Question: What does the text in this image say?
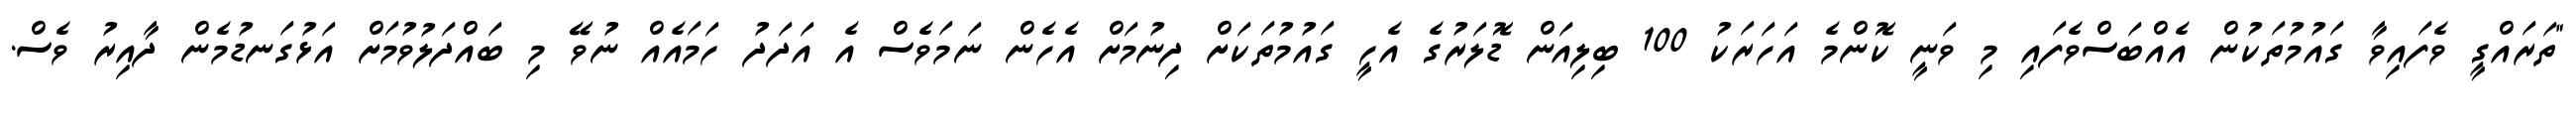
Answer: "ތަރައްގީ ވެފައިވާ ގައުމުތަކުން އެއްބަސްވެފައި މި ވަނީ ކޮންމެ އަހަރަކު 100 ބިލިއަން ޑޮލަރުގެ އެހީ ގައުމުތަކަށް ދިނުމަށް އެހެން ނަމަވެސް އެ އަދަދު ހަމައެއް ނުވޭ މި ބައްދަލުވުމަށް އަޅުގަނޑުމެން ދާއިރު ވެސް.